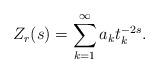
LaTeX: \begin{align*}Z_{r}(s)=\sum_{k=1}^{\infty}a_{k}t_{k}^{-2s}.\end{align*}